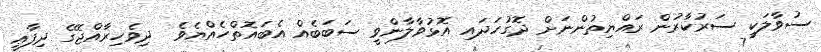
ސުވާލަކީ ސަރުކާރުން ރައްޔިތުންނަށް ދޮގުހަދައި އޮޅުވާލާންވީ ސަބަބެއް އެބައޮތްހެއްޔެވެ  ދިވެހިރާއްޖޭގެ ދިފާޢީ